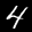
Label: 4